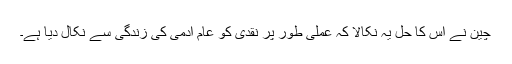
چین نے اس کا حل یہ نکالا کہ عملی طور پر نقدی کو عام آدمی کی زندگی سے نکال دیا ہے۔